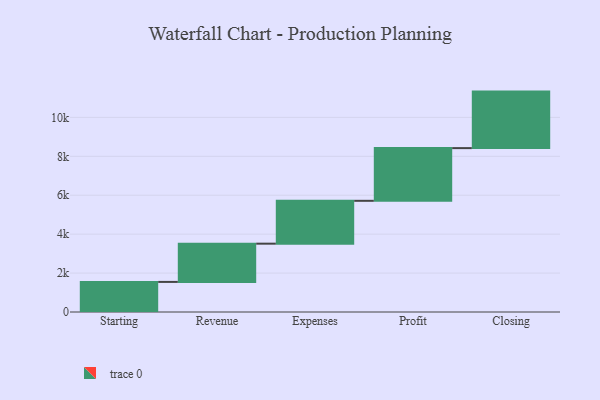
{"axis": {"x": "Step", "y": "Value"}, "legend": [""], "data": [{"x": "Starting", "y": 1546.0, "type": ""}, {"x": "Revenue", "y": 1965.0, "type": ""}, {"x": "Expenses", "y": 2202.0, "type": ""}, {"x": "Profit", "y": 2707.0, "type": ""}, {"x": "Closing", "y": 2904.0, "type": ""}]}